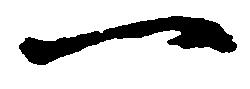
一